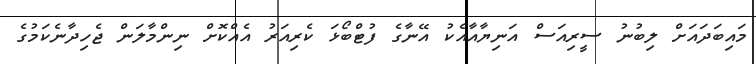
މައިބަދައަށް ލިބުނު ސީރިއަސް އަނިޔާއާއެކު އޭނާގެ ފުޓްބޯޅަ ކެރިއަރު އެއްކޮށް ނިންމާލަން ޖެހިދާނެކަމުގެ